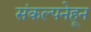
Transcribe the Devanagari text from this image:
संकल्पनेहून